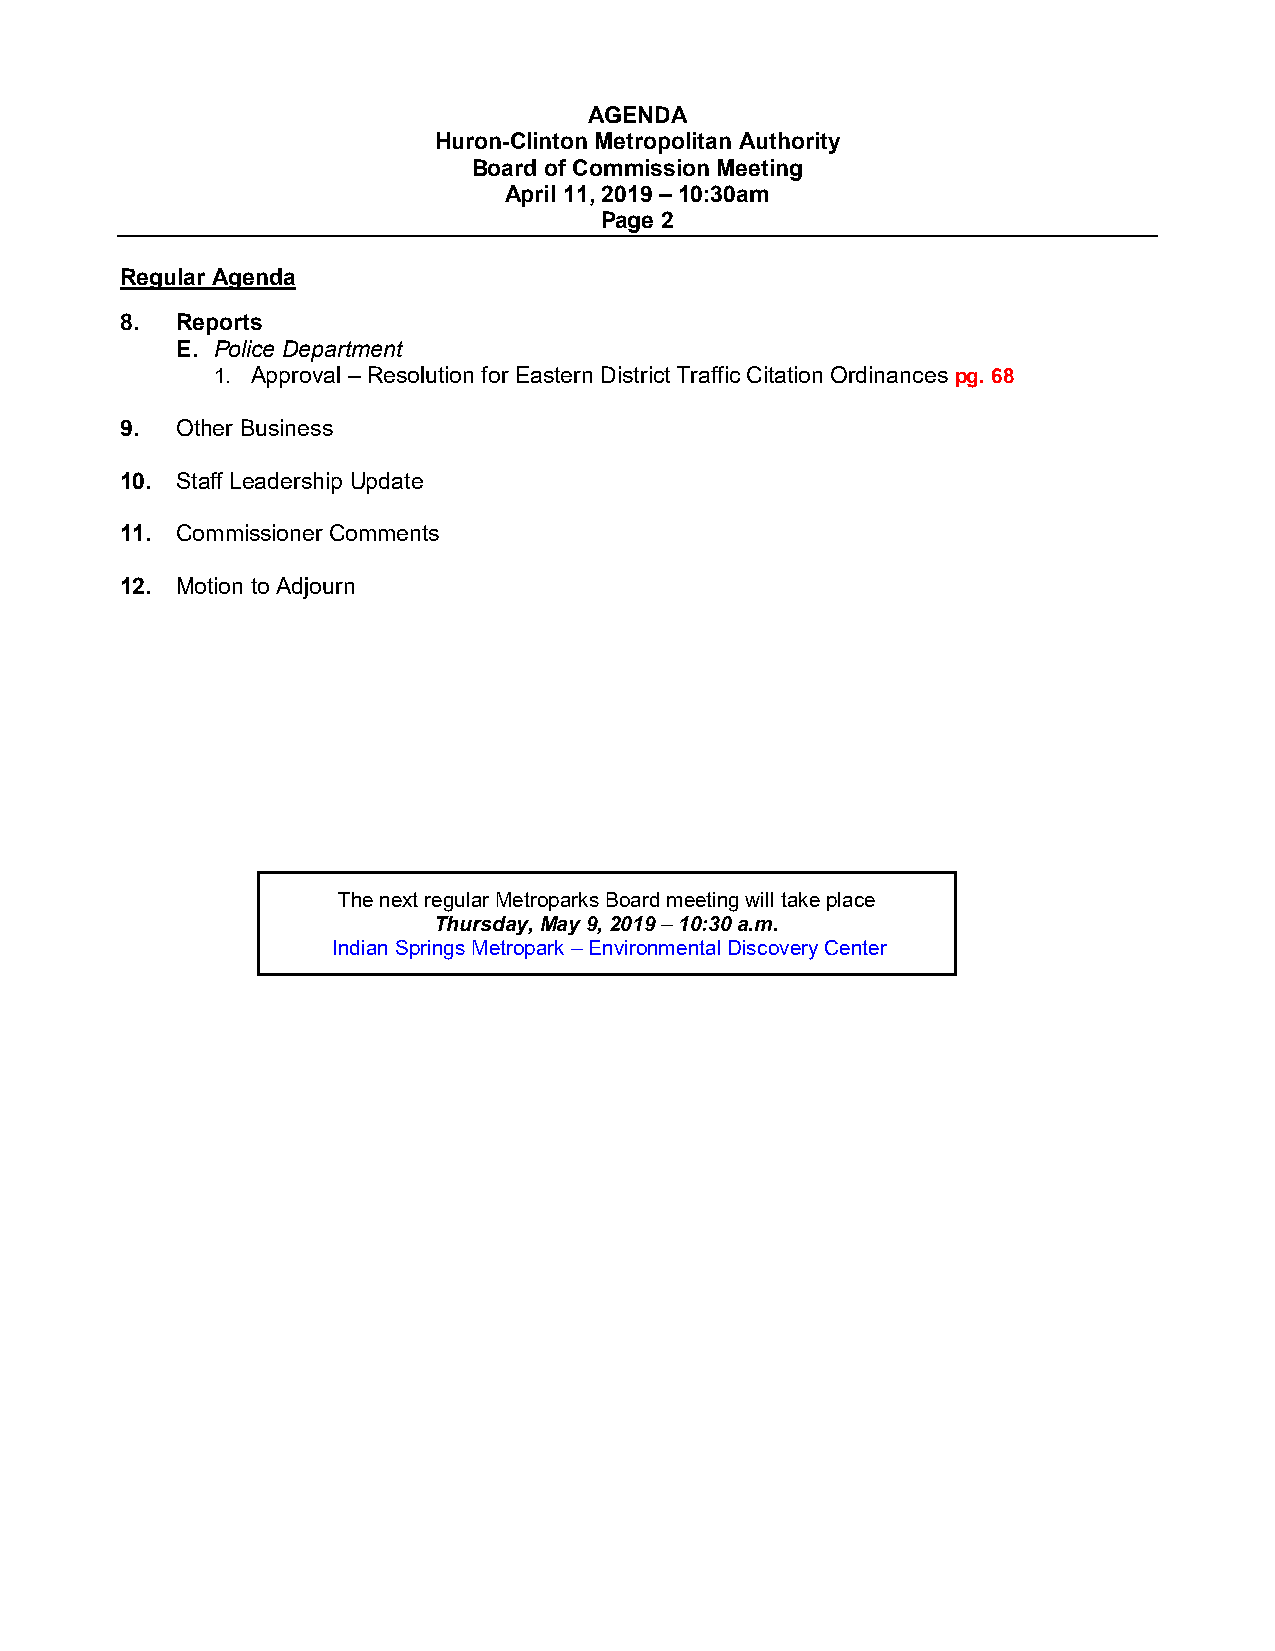
AGENDA
 Huron-Clinton Metropolitan Authority
 Board of Commission Meeting
 April 11, 2019 – 10:30am
 Page 2
 Regular Agenda
 8.  Reports
 E. Police Department
 1. Approval – Resolution for Eastern District Traffic Citation Ordinances pg. 68
 9.  Other Business
 10. Staff Leadership Update
 11. Commissioner Comments
 12. Motion to Adjourn
 The next regular Metroparks Board meeting will take place
 Thursday, May 9, 2019 – 10:30 a.m.
 Indian Springs Metropark – Environmental Discovery Center